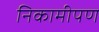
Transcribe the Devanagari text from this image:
निकामीपण